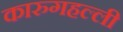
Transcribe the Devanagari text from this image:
कारुगहल्ली